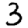
Digit: 3